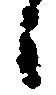
候